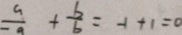
\frac { a } { - 9 } + \frac { b } { b } = - 1 + 1 = 0